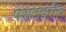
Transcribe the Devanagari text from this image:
पेशंटवरील